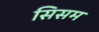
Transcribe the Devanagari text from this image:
सिसम